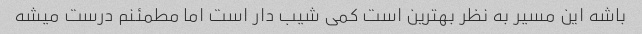
باشه این مسیر به نظر بهترین است کمی شیب دار است اما مطمئنم درست میشه